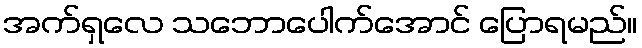
အက်ရှလေ သဘောပေါက်အောင် ပြောရမည်။